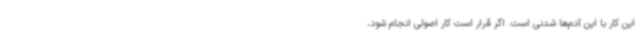
این کار با این آدم‌ها شدنی است. اگر قرار است کار اصولی انجام شود،